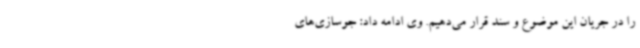
را در جریان این موضوع و سند قرار می‌دهیم. وی ادامه داد: جوسازی‌های